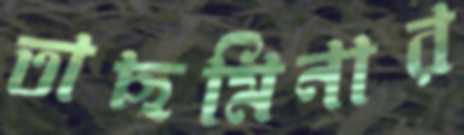
তাছমিনার